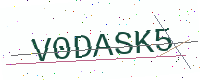
Text: V0DASK5